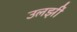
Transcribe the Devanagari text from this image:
उलझीं